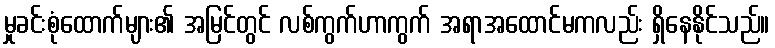
မှုခင်းစုံထောက်များ၏ အမြင်တွင် လစ်ကွက်ဟာကွက် အရာအထောင်မကလည်း ရှိနေနိုင်သည်။